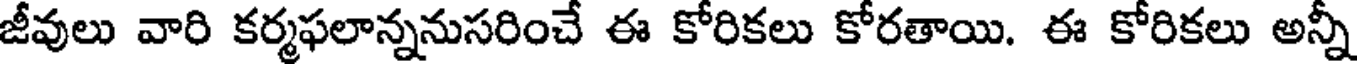
జీవులు వారి కర్మఫలాన్ననుసరించే ఈ కోరికలు కోరతాయి. ఈ కోరికలు అన్నీ